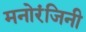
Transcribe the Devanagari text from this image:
मनोरंजिनी